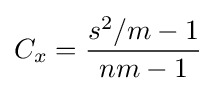
C_{x}={\frac {s^{2}/m-1}{nm-1}}